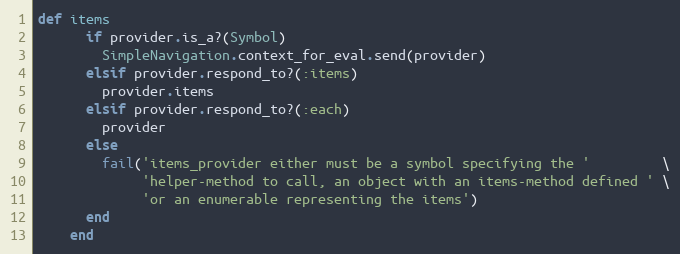
Language: Ruby
def items
      if provider.is_a?(Symbol)
        SimpleNavigation.context_for_eval.send(provider)
      elsif provider.respond_to?(:items)
        provider.items
      elsif provider.respond_to?(:each)
        provider
      else
        fail('items_provider either must be a symbol specifying the '         \
             'helper-method to call, an object with an items-method defined ' \
             'or an enumerable representing the items')
      end
    end